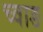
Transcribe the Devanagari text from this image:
च्वाङ